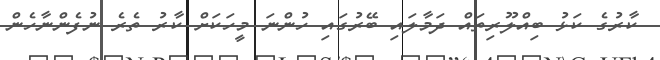
ކާރުގެ ކަޅު ބިއްލޫރިތައް ދަމާލައި ބޭރުގައި ހުންނަ މީހަކަށް ކާރު ތެރެ ނުފެންނާހެން